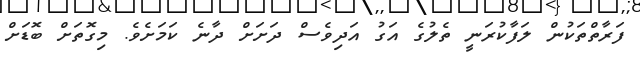
ފަރާތްތަކުން ލަފާކުރަނީ ތެލުގެ އަގު އަދިވެސް ދަށަށް ދާނެ ކަމަށެވެ. މިގޮތަށް ބޮޑަށް